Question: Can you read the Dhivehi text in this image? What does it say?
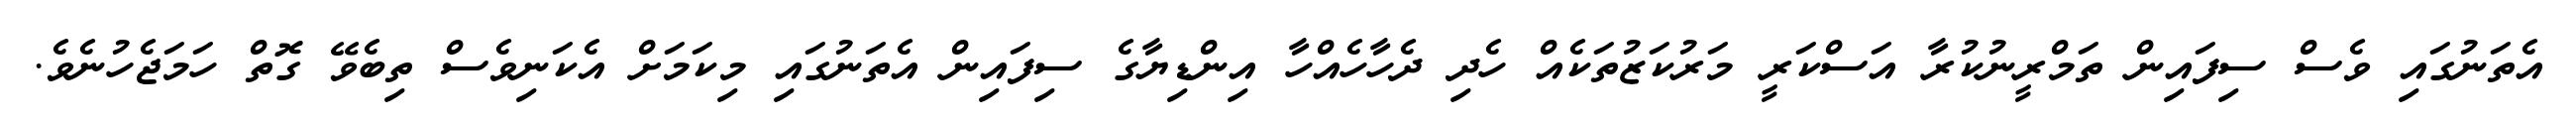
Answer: އެތަނުގައި ވެސް ސިފައިން ތަމްރީނުކުރާ އަސްކަރީ މަރުކަޒުތަކެއް ހެދި ދެހާހެއްހާ އިންޑިޔާގެ ސިފައިން އެތަނުގައި މިކަމަށް އެކަނިވެސް ތިބެވޭ ގޮތް ހަމަޖެހުނެވެ.